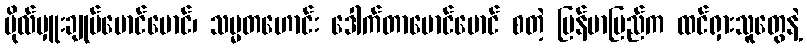
ဗိုလ်မှူးချုပ်မောင်မောင်၊ သမ္မတဟောင်း ဒေါက်တာမောင်မောင် စတဲ့ မြန်မာပြည်က ထင်ရှားသူတွေနဲ့